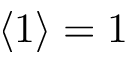
\left\langle 1 \right\rangle = 1